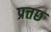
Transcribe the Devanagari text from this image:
प्रत्तछ